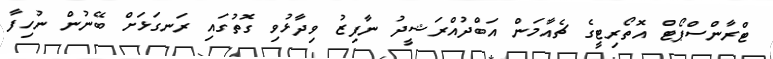
ޓްރާންސްޕޯޓް އޮތޯރިޓީގެ ޗެއާމަން އަބްދުއްރަޝީދު ނާފިޒު ވިދާޅުވި ގޮތުގައި ރަނގަޅަށް ބޭނުން ނުހިފާ